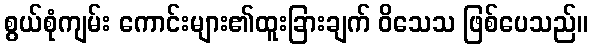
စွယ်စုံကျမ်း ကောင်းများ၏ထူးခြားချက် ဝိသေသ ဖြစ်ပေသည်။